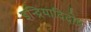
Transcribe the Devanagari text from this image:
इन्द्रियादिदोष